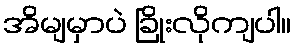
အိမျမှာပဲ ခြိုးလိုကျပါ။